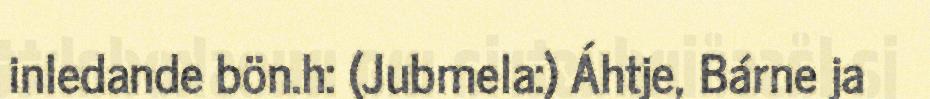
inledande bön.h: (Jubmela:) Áhtje, Bárne ja